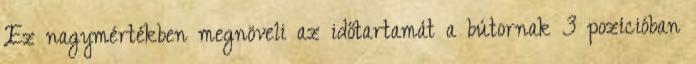
Ez nagymértékben megnöveli az időtartamát a bútornak 3 pozícióban